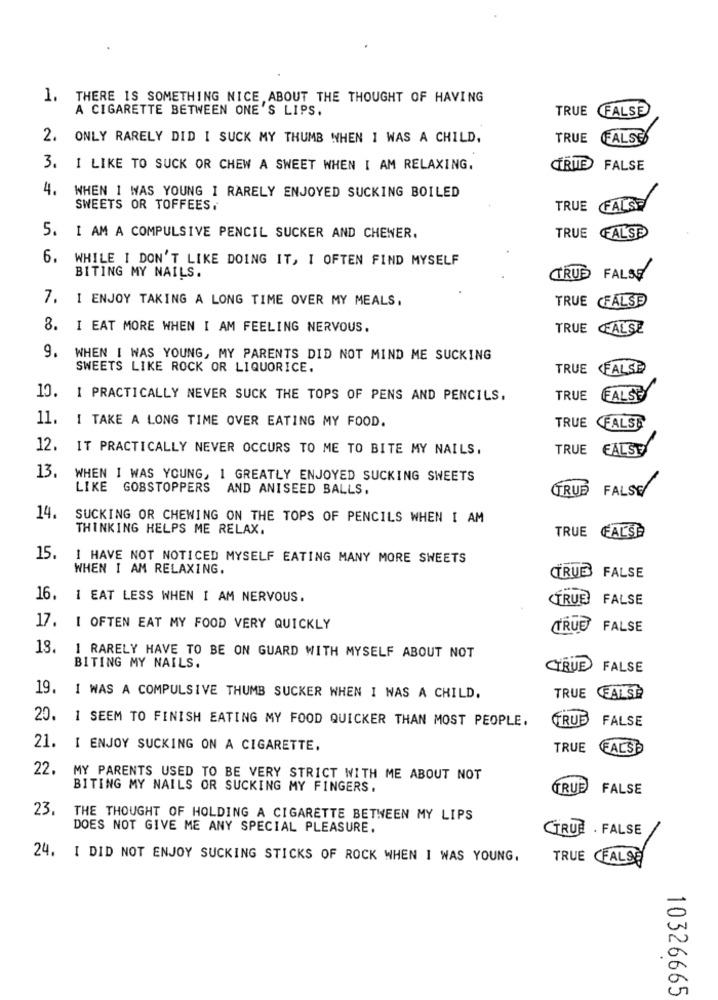
1. THERE IS SOMETHING NICE,ABOUT THE THOUGHT OF HAVING
A CIGARETTE BETWEEN ONE'S LIPS.
TRUE FALSE
2. ONLY RARELY DID I SUCK MY THUMB WHEN I WAS A CHILD,
TRUE FALSE
3. I LIKE TO SUCK OR CHEW A SWEET WHEN I AM RELAXING.
CTRUE FALSE
4. WHEN I WAS YOUNG I RARELY ENJOYED SUCKING BOILED
SWEETS OR TOFFEES.
TRUE FALSE
FALSE
5. I AM A COMPULSIVE PENCIL SUCKER AND CHEWER.
TRUE
6. WHILE I DON'T LIKE DOING IT, I OFTEN FIND MYSELF
BITING MY NAILS.
CTRUE FALSE
7. I ENJOY TAKING A LONG TIME OVER MY MEALS,
TRUE CFALSE
8. I EAT MORE WHEN I AM FEELING NERVOUS.
TRUE FALSE
9. WHEN I WAS YOUNG, MY PARENTS DID NOT MIND ME SUCKING
SWEETS LIKE ROCK OR LIQUORICE.
TRUE FALSE
10. I PRACTICALLY NEVER SUCK THE TOPS OF PENS AND PENCILS.
TRUE
FALSE
11. I TAKE A LONG TIME OVER EATING MY FOOD.
TRUE FALSE
12.
IT PRACTICALLY NEVER OCCURS TO ME TO BITE MY NAILS.
TRUE FALSE
13.
WHEN I WAS YOUNG, 1 GREATLY ENJOYED SUCKING SWEETS
LIKE GOBSTOPPERS AND ANISEED BALLS.
CTRUE
FALSE
14.
SUCKING OR CHEWING ON THE TOPS OF PENCILS WHEN I AM
THINKING HELPS ME RELAX.
TRUE FALSE
15.
I HAVE NOT NOTICED MYSELF EATING MANY MORE SWEETS
WHEN I AM RELAXING.
CTRUE FALSE
16.
1 EAT LESS WHEN I AM NERVOUS.
CTRUE
FALSE
17. I OFTEN EAT MY FOOD VERY QUICKLY
FALSE
18.
1 RARELY HAVE TO BE ON GUARD WITH MYSELF ABOUT NOT
BITING MY NAILS.
(TRUE FALSE
19.
I WAS A COMPULSIVE THUMB SUCKER WHEN I WAS A CHILD.
TRUE FALSE
20. 1 SEEM TO FINISH EATING MY FOOD QUICKER THAN MOST PEOPLE.
TRUB
FALSE
21. I ENJOY SUCKING ON A CIGARETTE.
TRUE
FALSE
22. MY PARENTS USED TO BE VERY STRICT WITH ME ABOUT NOT
BITING MY NAILS OR SUCKING MY FINGERS.
TRUE
FALSE
23.
THE THOUGHT OF HOLDING A CIGARETTE BETWEEN MY LIPS
DOES NOT GIVE ME ANY SPECIAL PLEASURE.
CTRUE . FALSE
24. I DID NOT ENJOY SUCKING STICKS OF ROCK WHEN I WAS YOUNG.
TRUE CFALSE
10326665